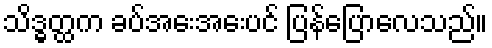
သိဒ္ဓတ္ထက ခပ်အေးအေးပင် ပြန်ပြောလေသည်။